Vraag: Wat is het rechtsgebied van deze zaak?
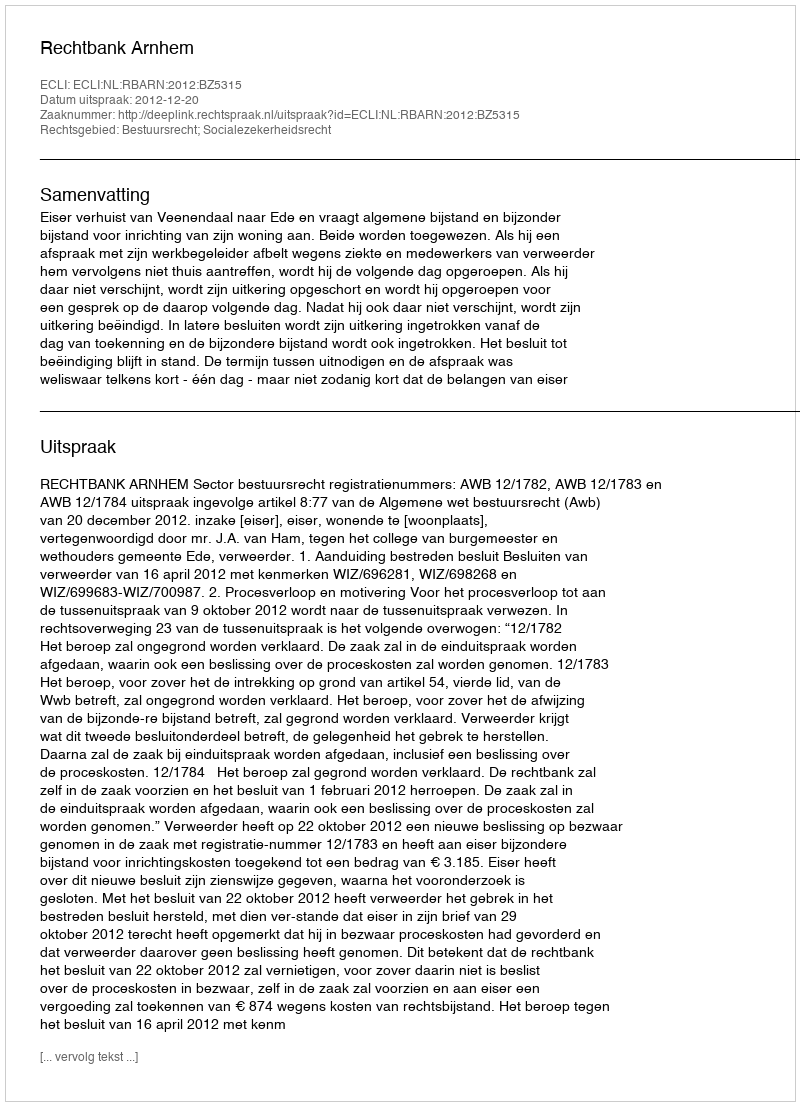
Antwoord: Bestuursrecht; Socialezekerheidsrecht